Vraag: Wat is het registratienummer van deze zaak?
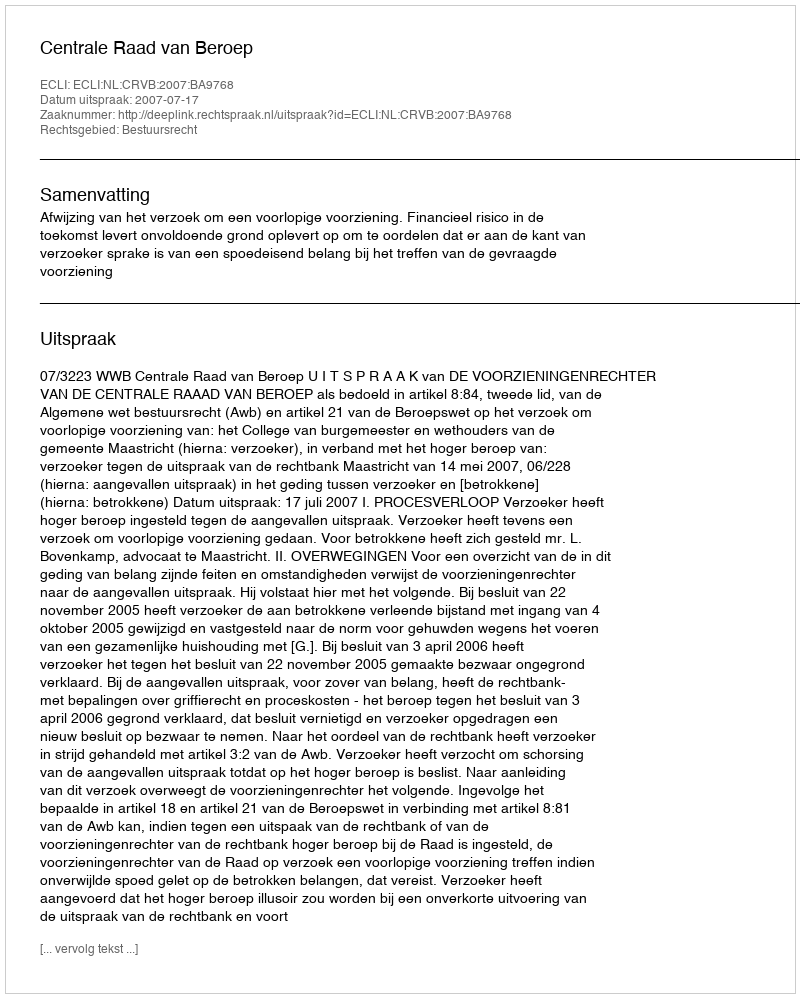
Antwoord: http://deeplink.rechtspraak.nl/uitspraak?id=ECLI:NL:CRVB:2007:BA9768